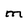
Character: M